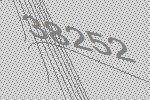
38252